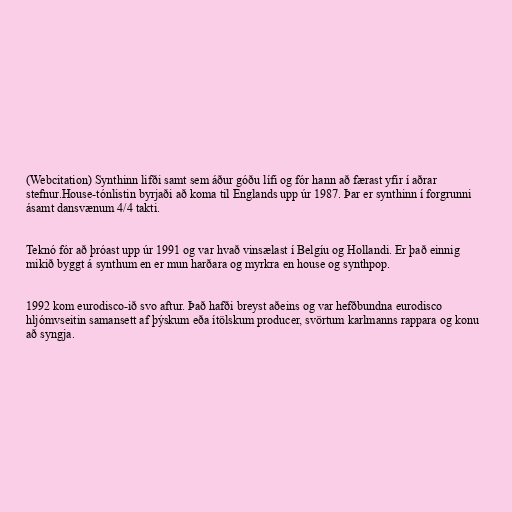
(Webcitation) Synthinn lifði samt sem áður góðu lífi og fór hann að færast yfir í aðrar
stefnur.House-tónlistin byrjaði að koma til Englands upp úr 1987. Þar er synthinn í forgrunni
ásamt dansvænum 4/4 takti.

Teknó fór að þróast upp úr 1991 og var hvað vinsælast í Belgíu og Hollandi. Er það einnig
mikið byggt á synthum en er mun harðara og myrkra en house og synthpop.

1992 kom eurodisco-ið svo aftur. Það hafði breyst aðeins og var hefðbundna eurodisco
hljómvseitin samansett af þýskum eða ítölskum producer, svörtum karlmanns rappara og konu
að syngja.